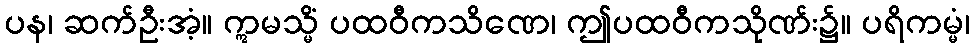
ပန၊ ဆက်ဦးအံ့။ ဣမသ္မိံ ပထဝီကသိဏေ၊ ဤပထဝီကသိုဏ်း၌။ ပရိကမ္မံ၊